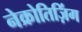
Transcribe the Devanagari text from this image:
नेक्रोतिज़िंग